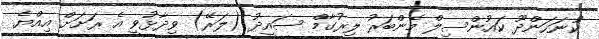
ކުނަހަންދޫ ކައުންސިލް މެންބަރު ލިރުގާމް ސައީދު (ލަރޭ) ވިދާޅުވީ އެ ރަށަށް އިއްޔެ